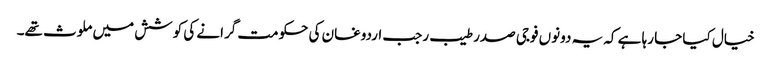
خیال کیا جا رہا ہے کہ یہ دونوں فوجی صدر طیب رجب اردوغان کی حکومت گرانے کی کوشش میں ملوث تھے۔